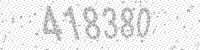
Solution: 418380